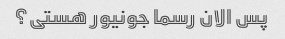
پس الان رسما جونیور هستی؟